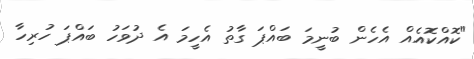
"ކޮއްކޮއެއް އެހެން ބުނީމަ ބައްޕަ ގާތު އެހީމަ އެ ދުވަހު ބައްޕަ ހުރިހާ